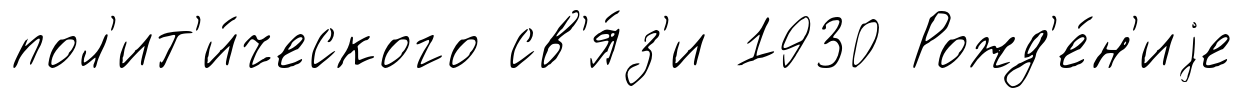
пол'ит'и́ческого св'я́з'и 1930 Рожд'е́н'иjе